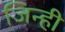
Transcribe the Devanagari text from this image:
जिन्ही